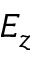
E _ { z }